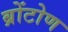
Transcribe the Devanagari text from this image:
ब्रोंटोण